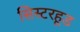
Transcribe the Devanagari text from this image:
सिस्टरहूड